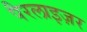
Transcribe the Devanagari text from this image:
पैरलाइज़र